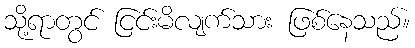
သို့ရာတွင် ငြင်းမိလျက်သား ဖြစ်နေသည်။